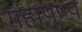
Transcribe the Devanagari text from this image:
महापुष्प